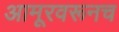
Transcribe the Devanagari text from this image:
आमूरवरूनच